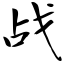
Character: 战